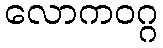
လောကဝဂ္ဂ